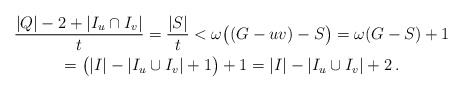
\begin{gather*} \frac{|Q| - 2 + |I_u \cap I_v|}{t} = \frac{|S|}{t} < \omega \big( (G-uv)-S \big) = \omega(G-S) + 1 \\= \big( |I| - |I_u \cup I_v| + 1 \big) + 1 = |I| - |I_u \cup I_v| + 2 \,.\end{gather*}